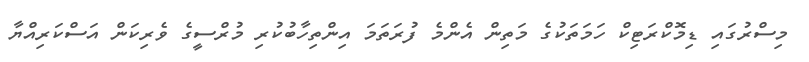
މިސްރުގައި ޑިމޮކްރަޓިކް ހަމަތަކުގެ މަތިން އެންމެ ފުރަތަމަ އިންތިހާބުކުރި މުރްސީގެ ވެރިކަން އަސްކަރިއްޔާ